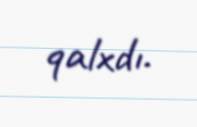
qalxdı.